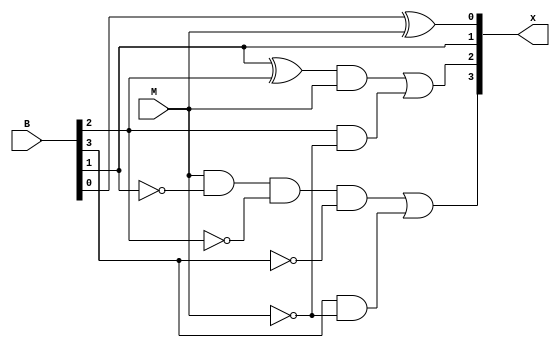
// complement9s_generator.v

module complement_generator(B, M, x);
  input [3:0]B;
  input M;
  output [3:0]x;
  wire w1,w2,w3,w4,w5,w6,w7,w8,w9;
  xor (x[0],B[0],M);
  assign x[1]=B[1];
  xor (w5,B[1],B[2]);
  and(w9,w5,M);
  not (w1,M);
  and (w6,B[2],w1);
  or (x[2],w9,w6);
  not (w2,B[1]);
  not (w3,B[2]);
  not (w4,B[3]);
  and (w8,M,w2,w3,w4);
  and (w7,B[3],w1);
  or (x[3],w8,w7);
endmodule